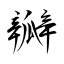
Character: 瓣